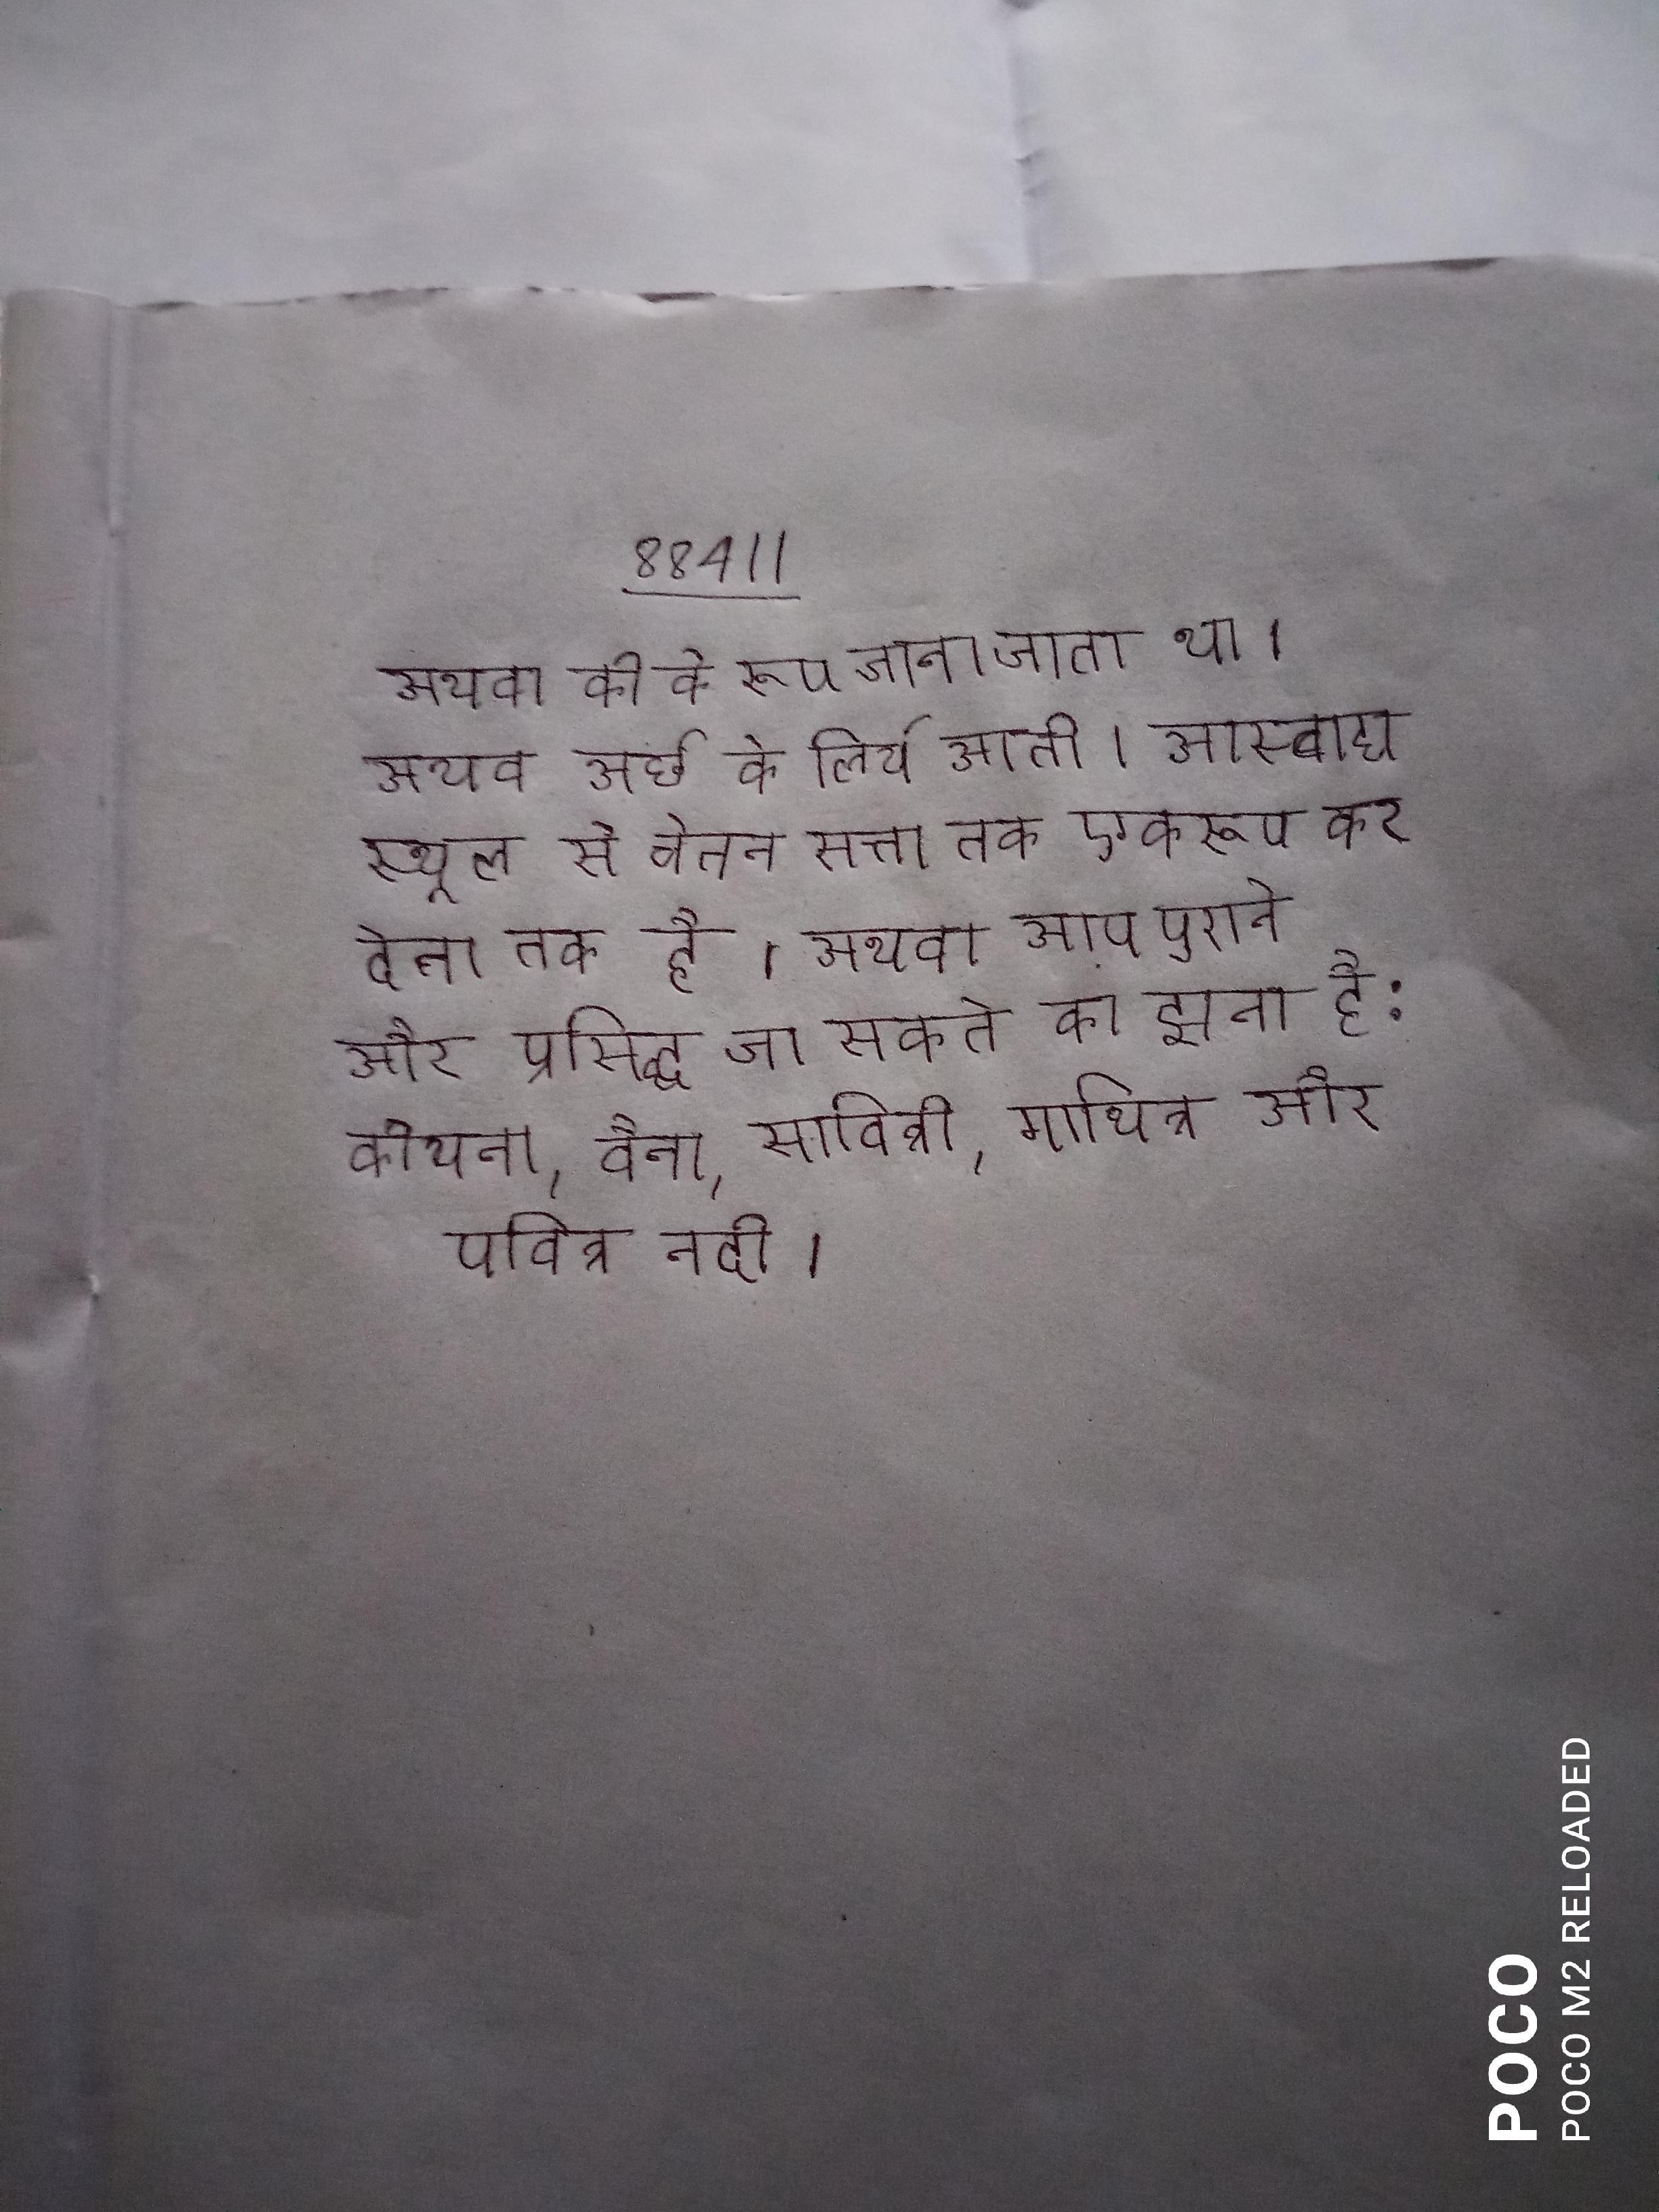
अथवा की के रूप जाना जाता था । अथवा अर्ध के लिये आती । अथवा आनन्द अथवा आस्वाद्य स्थूल से चेतन सत्ता तक एकरूप कर देता है । अथवा आप पुराने और प्रसिद्ध जा सकते का झरना है: कोयना, वैना, सावित्री, गायित्री और पवित्र नदी ।